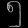
Digit: ၅